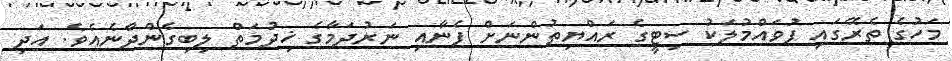
މަހުގެ ތެރޭގައި ފުވައްމުލަކު ސިޓީގެ ރައްޔިތުންނަށް ފެނާއި ނަރުދަމާގެ ޚިދުމަތް ލިބިގެންދާނެއެވެ. އަދި